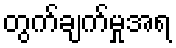
တွက်ချက်မှုအရ